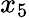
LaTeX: x_{5}